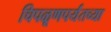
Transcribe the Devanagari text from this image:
चिपळूणपर्यंतच्या